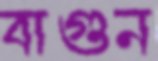
বাগুন